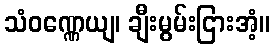
သံဝဏ္ဏေယျ၊ ချီးမွမ်းငြားအံ့။